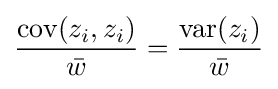
{\frac {\operatorname {cov} (z_{i},z_{i})}{\bar {w}}}={\frac {\operatorname {var} (z_{i})}{\bar {w}}}